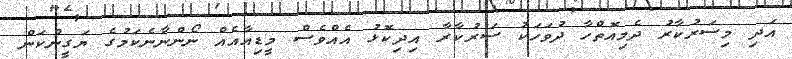
އަދި މިސަރުކާރު ދެމިއޮތްހާ ދުވަހަކު ސަރުކާރާ އިދިކޮޅު އެއްވެސް މީޑިއާއެއް ނޯންނާނެކަމުގެ ޔަގީންކަން